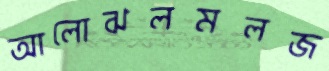
আলোঝলমলজ